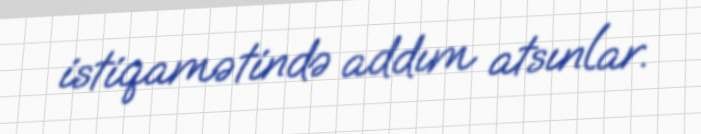
istiqamətində addım atsınlar.